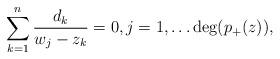
LaTeX: \begin{align*}\sum^n_{k=1}\frac{d_k}{w_j-z_k}=0, j=1, \dots \deg(p_+(z)),\end{align*}